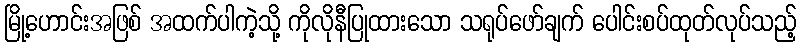
မြို့ဟောင်းအဖြစ် အထက်ပါကဲ့သို့ ကိုလိုနီပြုထားသော သရုပ်ဖော်ချက် ပေါင်းစပ်ထုတ်လုပ်သည့်